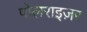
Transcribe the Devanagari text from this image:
पोलराइज़र